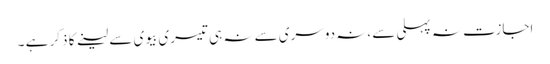
اجازت نہ پہلی سے ،نہ دوسری سے نہ ہی تیسری بیوی سے لینے کا ذکر ہے ۔